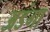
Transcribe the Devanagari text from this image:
अडंगा